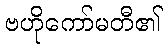
ဗဟိုကော်မတီ၏